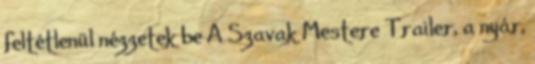
feltétlenül nézzetek be A Szavak Mestere Trailer, a nyár,